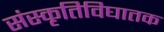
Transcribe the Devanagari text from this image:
संस्कृतिविघातक